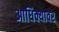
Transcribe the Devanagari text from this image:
आधिक्यावर